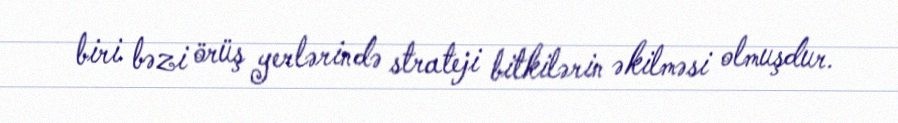
biri bəzi örüş yerlərində strateji bitkilərin əkilməsi olmuşdur.